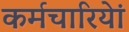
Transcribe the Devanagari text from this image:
कर्मचारियेां